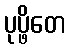
ပုပ္ဖိတေ